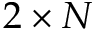
2 \times N